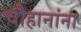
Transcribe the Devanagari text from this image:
चौहानांना